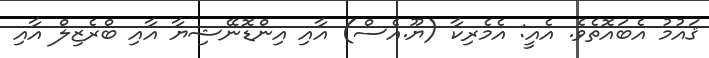
ޤައުމު އެބައޮތެވެ. އެއީ: އެމެރިކާ (ޔޫ.އެސް) އާއި އިންޑޮނޭޝިޔާ އާއި ބްރެޒިލް އާއި